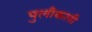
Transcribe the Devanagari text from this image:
पुलीकली